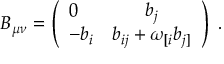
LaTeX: B _ { \mu \nu } = \left( \begin{array} { l c } { { 0 } } & { { b _ { j } } } \\ { { - b _ { i } } } & { { b _ { i j } + \omega _ { [ i } b _ { j ] } } } \end{array} \right) \ .